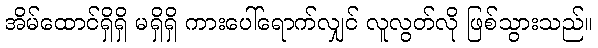
အိမ်ထောင်ရှိရှိ မရှိရှိ ကားပေါ်ရောက်လျှင် လူလွတ်လို ဖြစ်သွားသည်။